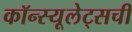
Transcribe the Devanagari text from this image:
कॉन्स्यूलेट्सची